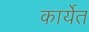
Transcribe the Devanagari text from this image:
कार्येत